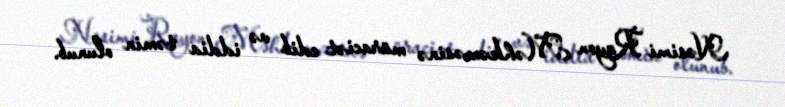
Nəsimi Rayon Məhkəməsinə müraciət edib və iddia təmin olunub.